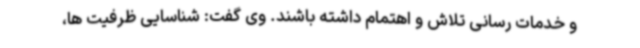
و خدمات رسانی تلاش و اهتمام داشته باشند. وی گفت: شناسایی ظرفیت ها،